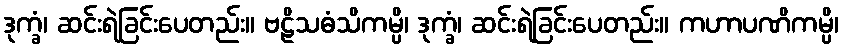
ဒုက္ခံ၊ ဆင်းရဲခြင်းပေတည်း။ ဗဠိသဓံသိကမ္ပိ၊ ဒုက္ခံ၊ ဆင်းရဲခြင်းပေတည်း။ ကဟာပဏိကမ္ပိ၊